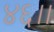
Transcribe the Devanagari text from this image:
४६।।